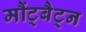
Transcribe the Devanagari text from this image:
मौंट्बैट्न